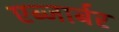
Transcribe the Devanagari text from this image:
एब्जार्बर